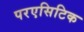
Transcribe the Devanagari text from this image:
परएसिटिक